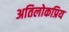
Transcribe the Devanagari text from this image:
अतिलोकप्रिय